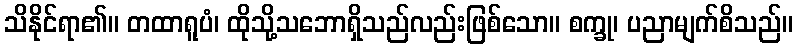
သိနိုင်ရာ၏။ တထာရူပံ၊ ထိုသို့သဘောရှိသည်လည်းဖြစ်သော။ စက္ခု၊ ပညာမျက်စိသည်။